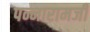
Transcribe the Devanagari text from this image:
पन्नारामजी